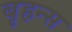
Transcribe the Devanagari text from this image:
बृहन्स